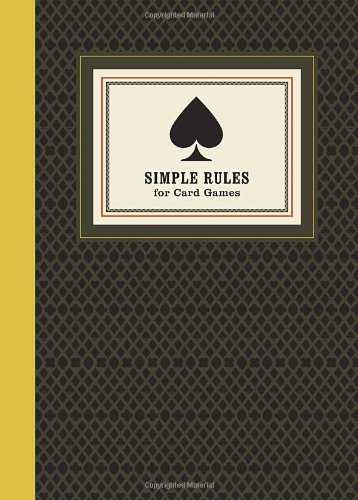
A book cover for Simple Rules for Card Games: Instructions and Strategy for 20 Games; Potter Style; Humor & Entertainment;